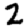
Digit: 2